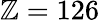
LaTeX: \mathbb{Z}=126